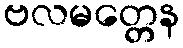
ဗလမတ္တေန